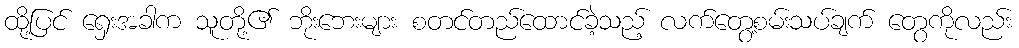
ထို့ပြင် ရှေးအခါက သူတို့၏ ဘိုးဘေးများ စတင်တည်ထောင်ခဲ့သည့် လက်တွေ့စမ်းသပ်ချက် တွေကိုလည်း